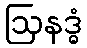
ဩနဒ္ဓံ